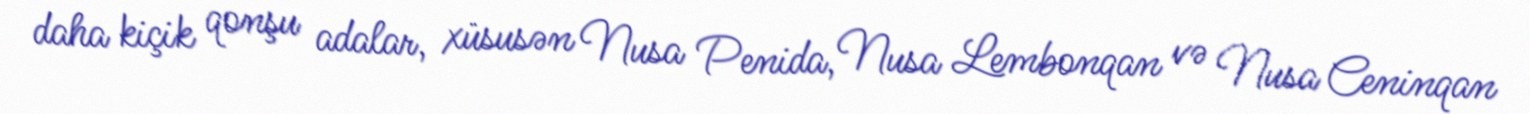
daha kiçik qonşu adalar, xüsusən Nusa Penida, Nusa Lembonqan və Nusa Ceninqan